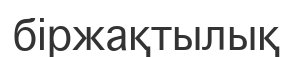
біржақтылық